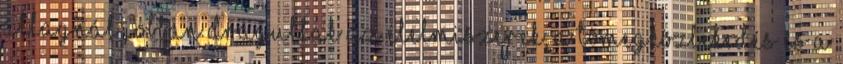
Átlagnál jobban drágultak az élelmiszerek, a tömegközlekedés és a